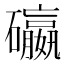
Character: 䃷